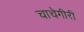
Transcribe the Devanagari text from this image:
चाचेगीरी